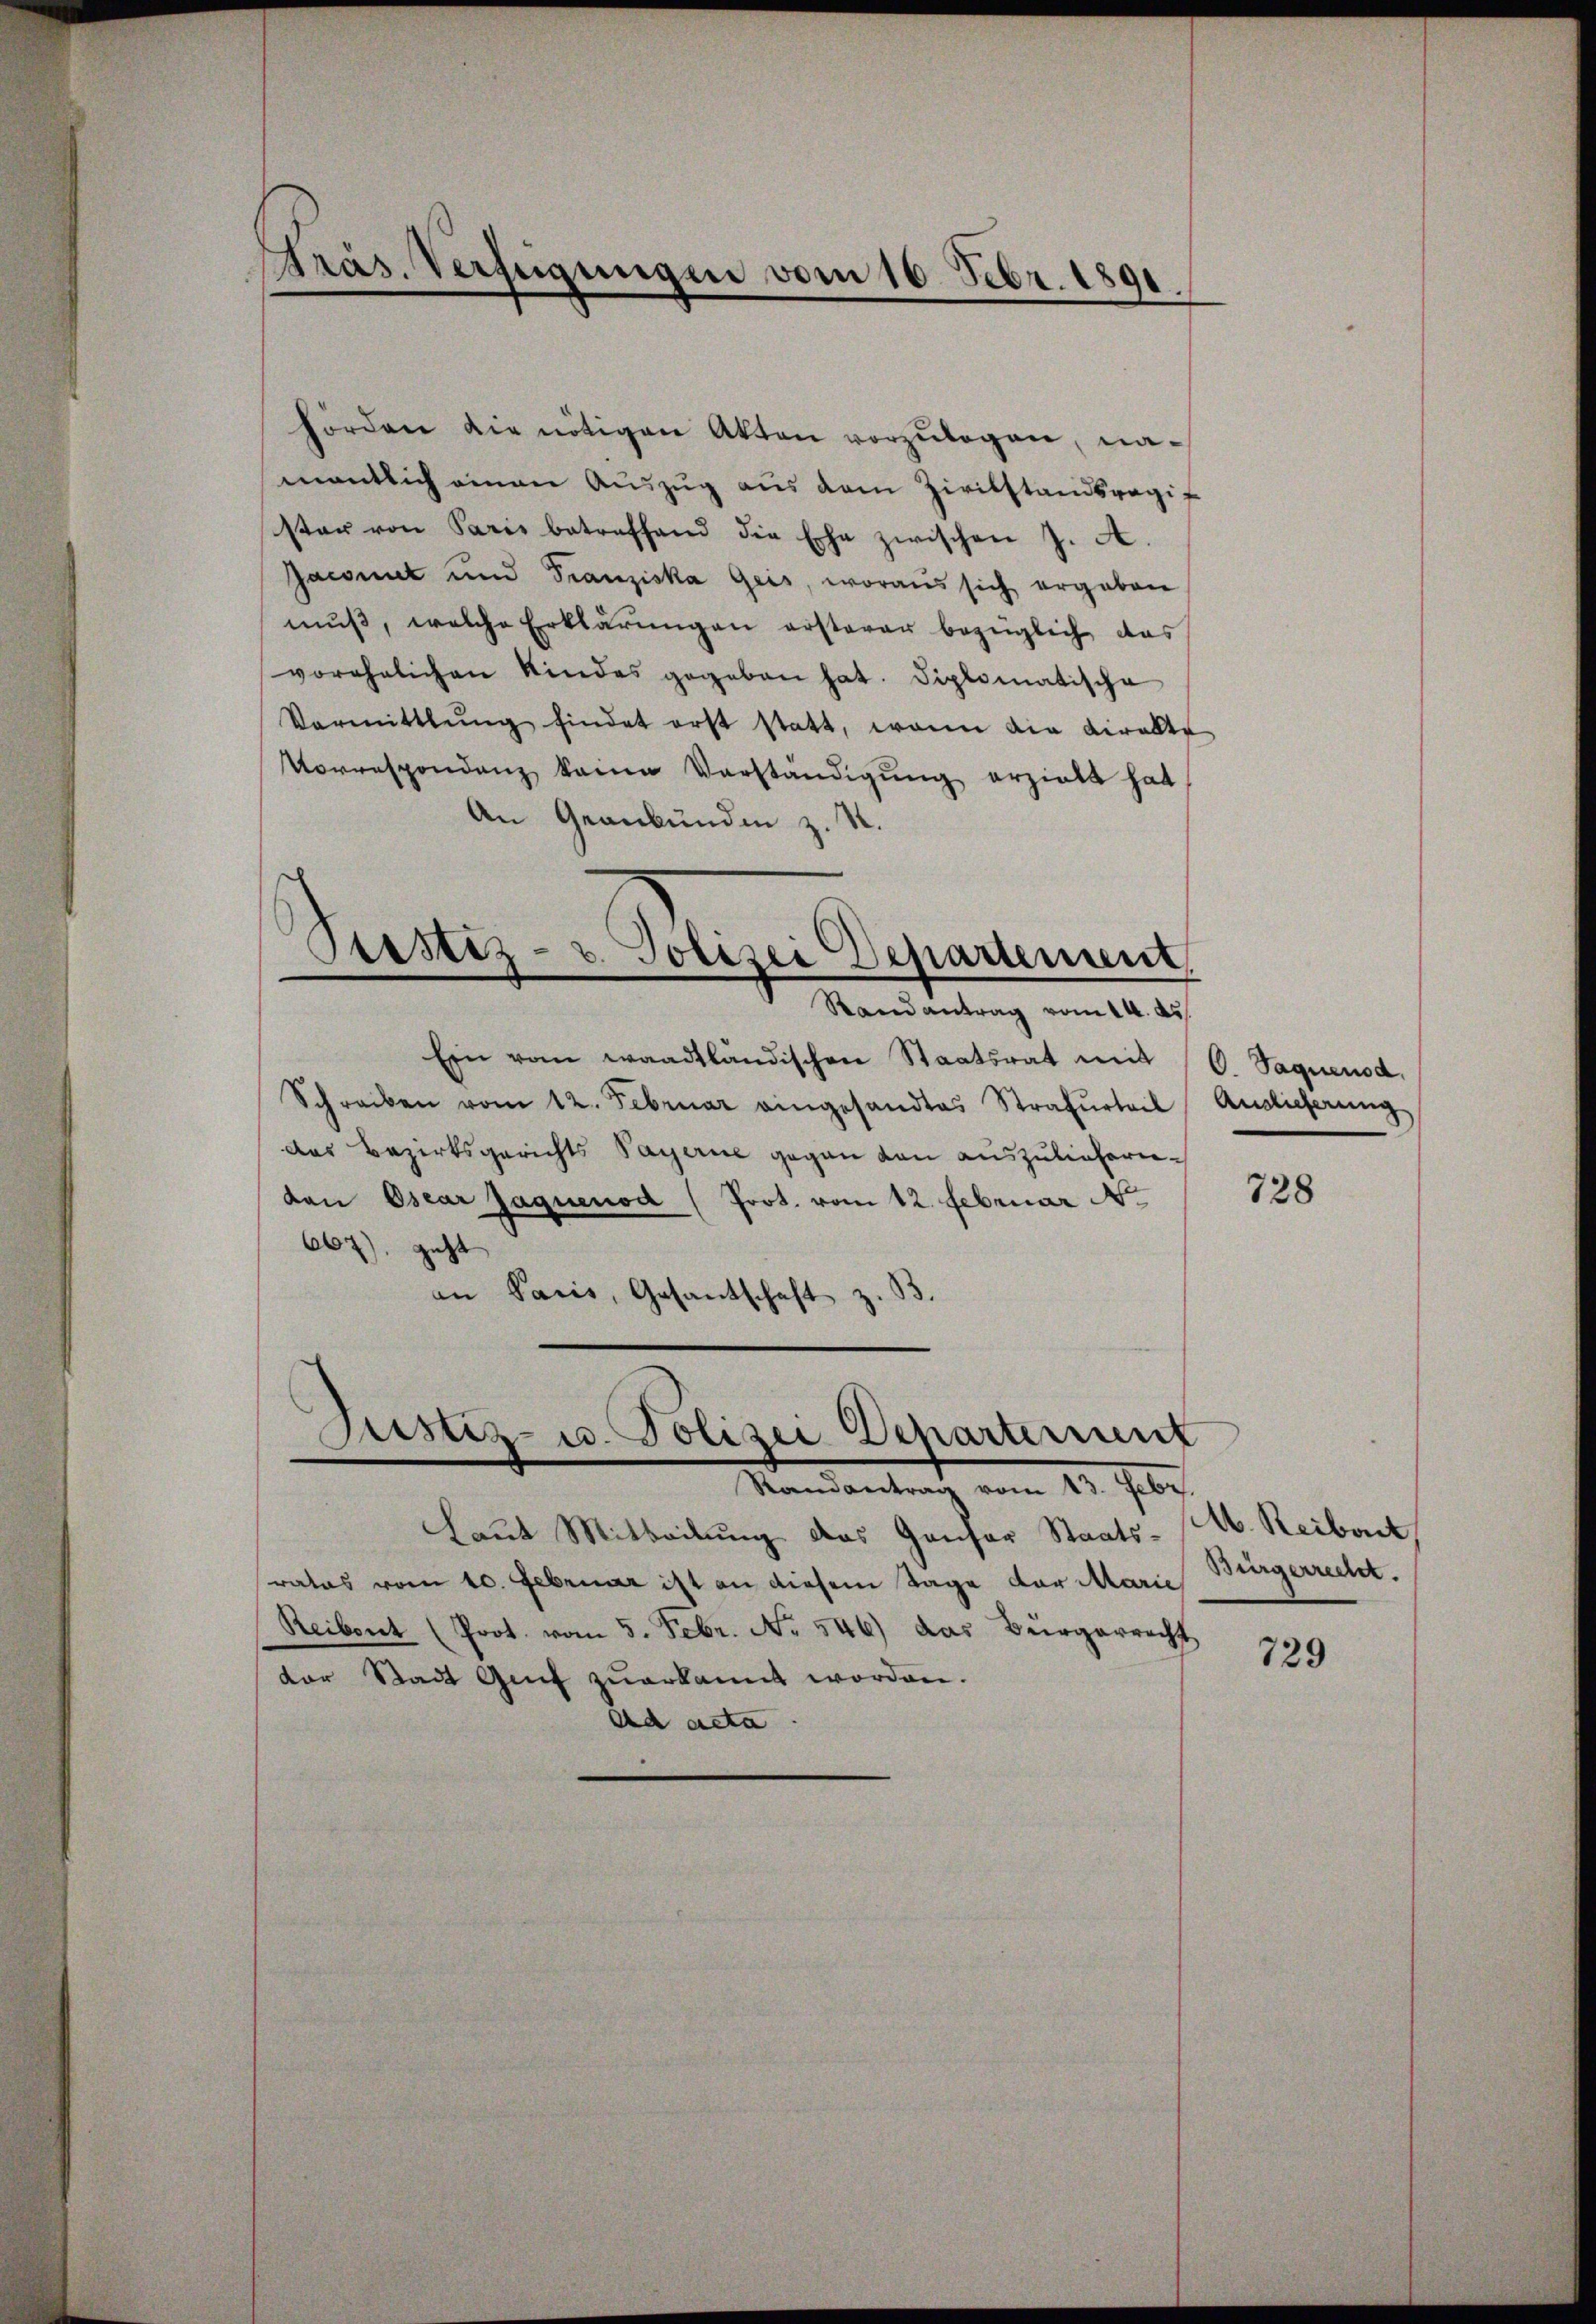
Präs. Verfügungen vom 16. Febr. 1891.

hörden die nötigen Akten vorzŭlegen, namentlich einen Auszug aus dem Zivilstandsregif
ster von Paris betreffend die Ehe zwischen J. A.
Jaconuet und Franziska Geis, woraus sich ergaben
mŭβ, welche Erklärŭngen ersterer bezüglich das
vorehelichen Kindes gegeben hat. Diplomatische
Vormittlung findet erst statt, wann die Kiralte
Vorrespondenz keine Verständigŭng erzielt hat
An Gernbunden z. R.

Justiz- u. Polizei Departement.
Randantrag vom 14. ds.

Justiz- u. Polizei Departement
Randantrag vom 13. Febr.

Ein vom waadtländischen Staatsrat mit (C. Saguenod,
Schreiben vom 12. Februar eingesandtes Strafurteil Auslieferung
das Bezirksgerichts Sayerne gegen von auszuliefern.
dan Oscar Jaquenod (Prot. vom 12. Februar N
667), geht
an Paris, Gesantschaft z. B.

Laut Mitteilung das Gansor Staatsrates vom 10. Februar ist an diesem Tage der Marie
Reibent (Prot. vom 5. Febr. No 546) das Bürgerrecht
der Stadt Genf zuerkannt worden.
Ed acta.

728

A. Reibart
Bürgerrecht.

729